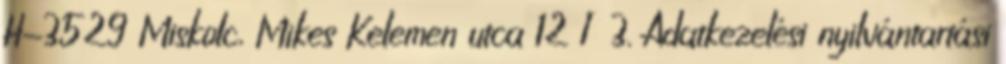
H-3529 Miskolc, Mikes Kelemen utca 12 I 3. Adatkezelési nyilvántartási